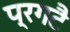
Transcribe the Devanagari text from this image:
प्रगटै